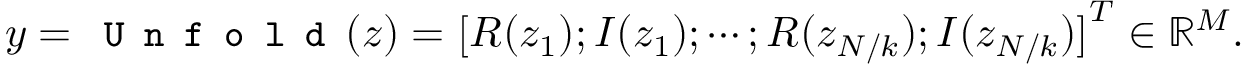
\small y = \texttt { U n f o l d } ( z ) = \big [ R ( z _ { 1 } ) ; I ( z _ { 1 } ) ; \cdots ; R ( z _ { N / k } ) ; I ( z _ { N / k } ) \big ] ^ { T } \in \mathbb { R } ^ { M } .